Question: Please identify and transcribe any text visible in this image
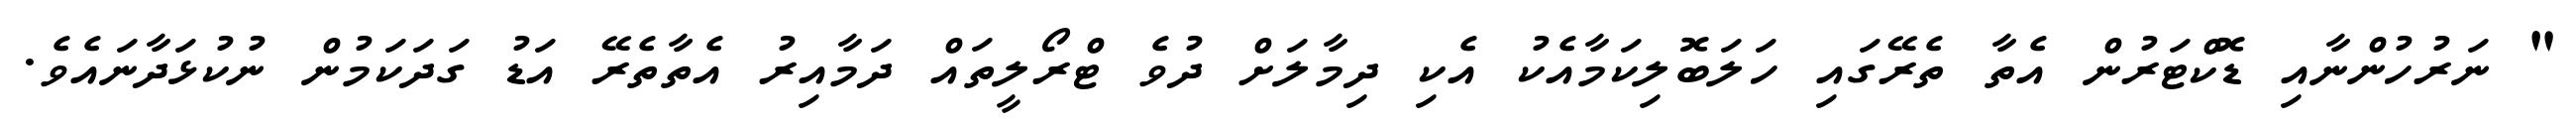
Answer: " ނަރުހުންނާއި ޑޮކްޓަރުން އެތާ ތެރޭގައި ހަލަބޮލިކަމާއެކު އެކި ދިމާލަށް ދުވެ ޓްރޯލީތައް ދަމާއިރު އެތާތެރޭ އަޑު ގަދަކަމުން ނުކުޅަދާނައެވެ.